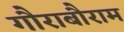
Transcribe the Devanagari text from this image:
गौराबौराम